Civil Veterinary Dept. Assam report 1927-50 - 1927-1950
Year: 1927
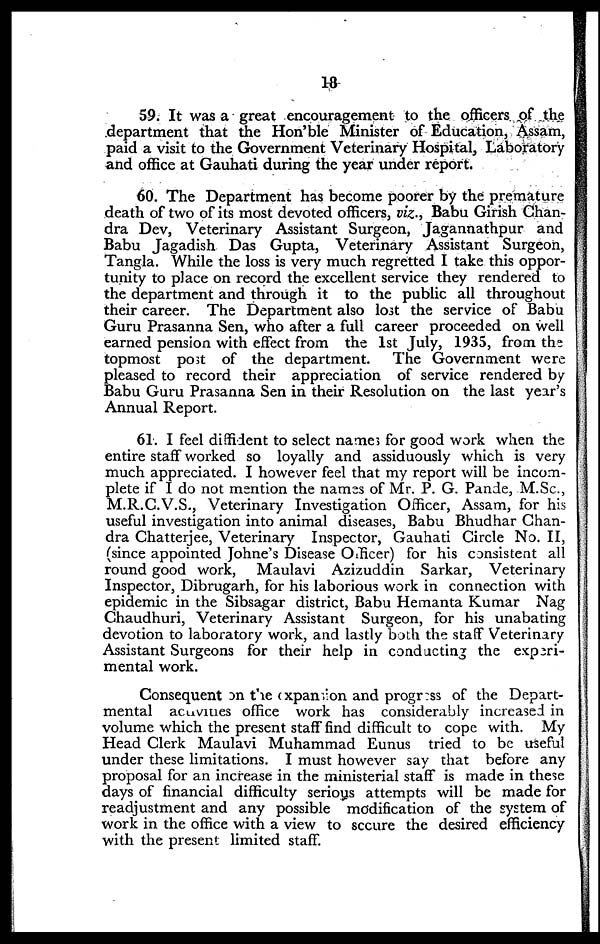
18
59. It was a great encouragement to the officers of the
department that the Hon'ble Minister of Education, Assam,
paid a visit to the Government Veterinary Hospital, Laboratory
and office at Gauhati during the year under report.
60. The Department has become poorer by the premature
death of two of its most devoted officers, viz., Babu Girish Chan-
dra Dev, Veterinary Assistant Surgeon, Jagannathpur and
Babu Jagadish Das Gupta, Veterinary Assistant Surgeon,
Tangla. While the loss is very much regretted I take this oppor-
tunity to place on record the excellent service they rendered to
the department and through it to the public all throughout
their career. The Department also lost the service of Babu
Guru Prasanna Sen, who after a full career proceeded on well
earned pension with effect from the 1st July, 1935, from the
topmost post of the department.
The Government were
pleased to record their appreciation of service rendered by
Babu Guru Prasanna Sen in their Resolution on the last year's
Annual Report.
61. I feel diffident to select names for good work when the
entire staff worked so loyally and assiduously which is very
much appreciated. I however feel that my report will be incom-
plete if I do not mention the names of Mr. P. G. Pande, M.Sc.,
M.R.C.V.S., Veterinary Investigation Officer, Assam, for his
useful investigation into animal diseases, Babu Bhudhar Chan-
dra Chatterjee, Veterinary Inspector, Gauhati Circle No. II,
(since appointed Johne's Disease Officer) for his consistent all
round good work, Maulavi Azizuddin Sarkar, Veterinary
Inspector, Dibrugarh, for his laborious work in connection with
epidemic in the Sibsagar district, Babu Hemanta Kumar Nag
Chaudhuri, Veterinary Assistant Surgeon, for his unabating
devotion to laboratory work, and lastly both the staff Veterinary
Assistant Surgeons for their help in conducting the experi-
mental work.
Consequent on the expansion and progr:ss of the Depart-
mental activities office work has considerably increased in
volume which the present staff find difficult to cope with. My
Head Clerk Maulavi Muhammad Eunus tried to be useful
under these limitations. I must however say that before any
proposal for an increase in the ministerial staff is made in these
days of financial difficulty serious attempts will be made for
readjustment and any possible modification of the system of
work in the office with a view to secure the desired efficiency
with the present limited staff.